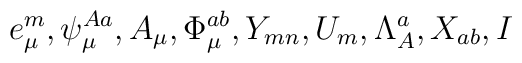
e_{\mu}^m, \psi_\mu^{A a}, A_\mu, \Phi_\mu^{ab}, Y_{mn}, U_m, \Lambda_A^a, X_{ab}, I